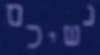
נשיכם